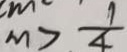
m > \frac { 1 } { 4 }